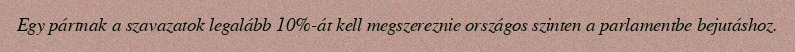
Egy pártnak a szavazatok legalább 10%-át kell megszereznie országos szinten a parlamentbe bejutáshoz.